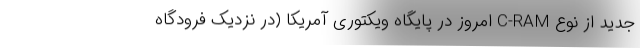
جدید از نوع C-RAM امروز در پایگاه ویکتوری آمریکا (در نزدیک فرودگاه